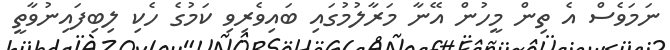
ނަމަވެސް އެ ތިން މީހުން އޭނާ މަރާލުމުގައި ބައިވެރިވި ކަމުގެ ހެކި ލިބިފައިނުވާތީ